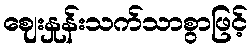
ဈေးနှုန်းသက်သာစွာဖြင့်